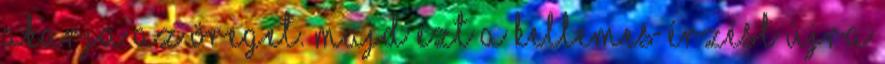
akarja az öreget. Majd ezt a kellemes érzést újra